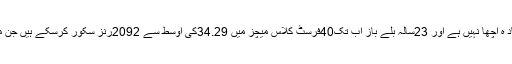
یاد رہے کہ بابر اعظم کا فرسٹ کلاس ریکارڈ بھی زیاد ہ اچھا نہیں ہے اور 23سالہ بلے باز اب تک40فرسٹ کلاس میچز میں 34.29کی اوسط سے 2092رنز سکور کرسکے ہیں جن میں صرف 2سنچریاں اور14نصف سنچریاں شامل ہیں۔